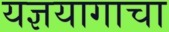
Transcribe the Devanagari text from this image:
यज्ञयागाचा